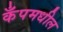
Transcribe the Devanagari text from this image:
कँपमधील